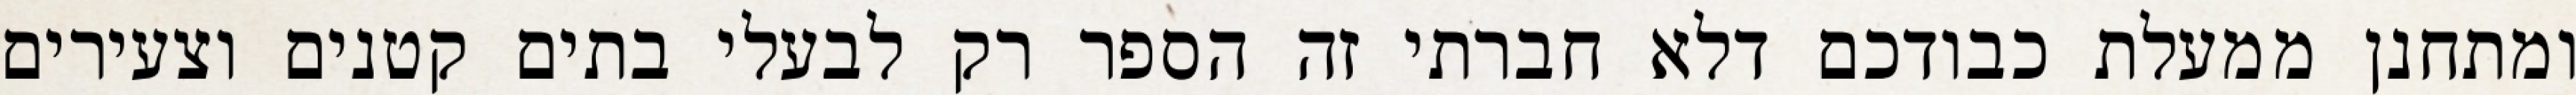
ומתחנן ממעלת כבודכם דלא חברתי זה הספר רק לבעלי בתים קטנים וצעירים